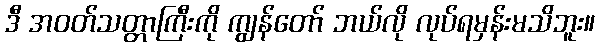
ဒီ အဝတ်သတ္တာကြီးကို ကျွန်တော် ဘယ်လို လုပ်ရမှန်းမသိဘူး။